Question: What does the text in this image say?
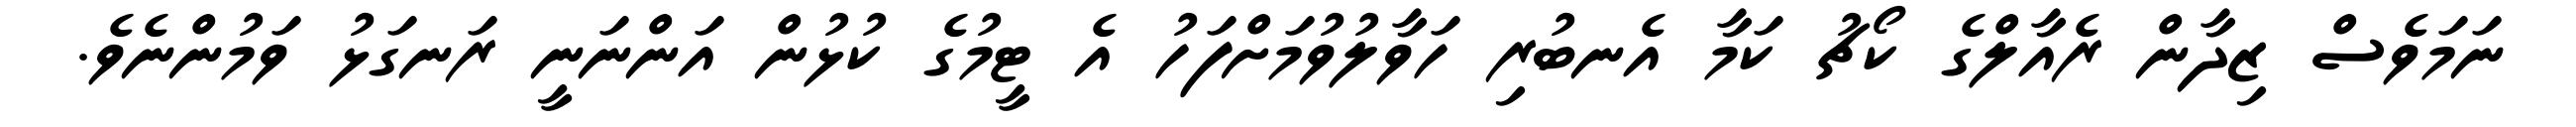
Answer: ނަމަވެސް ޒިދާން ރެއާލްގެ ކޯޗު ކަމާ އެނބުރި ހަވާލުވުމަށްފަހު އެ ޓީމުގެ ކުޅުން އަންނަނީ ރަނގަޅު ވަމުންނެވެ.